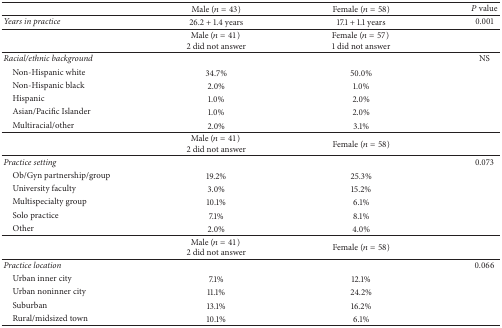
<table><thead><tr><td><b> </b></td><td><b>Male (<i>n</i> = 43)</b></td><td><b>Female (<i>n</i> = 58)</b></td><td><b><i>P</i> value</b></td></tr></thead><tbody><tr><td><i>Years in practice</i></td><td>26.2 + 1.4 years</td><td>17.1 + 1.1 years</td><td>0.001</td></tr><tr><td> </td><td>Male (<i>n</i> = 41) 2 did not answer</td><td>Female (<i>n</i> = 57) 1 did not answer</td><td> </td></tr><tr><td><i>Racial/ethnic background</i></td><td> </td><td> </td><td>NS</td></tr><tr><td> Non-Hispanic white</td><td>34.7%</td><td>50.0%</td><td> </td></tr><tr><td> Non-Hispanic black</td><td>2.0%</td><td>1.0%</td><td> </td></tr><tr><td> Hispanic</td><td>1.0%</td><td>2.0%</td><td> </td></tr><tr><td> Asian/Pacific Islander</td><td>1.0%</td><td>2.0%</td><td> </td></tr><tr><td> Multiracial/other</td><td>2.0%</td><td>3.1%</td><td> </td></tr><tr><td> </td><td>Male (<i>n</i> = 41) 2 did not answer</td><td>Female (<i>n</i> = 58)</td><td> </td></tr><tr><td><i>Practice setting</i></td><td> </td><td> </td><td>0.073</td></tr><tr><td> Ob/Gyn partnership/group</td><td>19.2%</td><td>25.3%</td><td> </td></tr><tr><td> University faculty</td><td>3.0%</td><td>15.2%</td><td> </td></tr><tr><td> Multispecialty group</td><td>10.1%</td><td>6.1%</td><td> </td></tr><tr><td> Solo practice</td><td>7.1%</td><td>8.1%</td><td> </td></tr><tr><td> Other</td><td>2.0%</td><td>4.0%</td><td> </td></tr><tr><td> </td><td>Male (<i>n</i> = 41) 2 did not answer</td><td>Female (<i>n</i> = 58)</td><td> </td></tr><tr><td><i>Practice location</i></td><td> </td><td> </td><td>0.066</td></tr><tr><td> Urban inner city</td><td>7.1%</td><td>12.1%</td><td> </td></tr><tr><td> Urban noninner city</td><td>11.1%</td><td>24.2%</td><td> </td></tr><tr><td> Suburban</td><td>13.1%</td><td>16.2%</td><td> </td></tr><tr><td> Rural/midsized town</td><td>10.1%</td><td>6.1%</td><td> </td></tr></tbody></table>